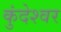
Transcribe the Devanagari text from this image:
कुंदेश्वर